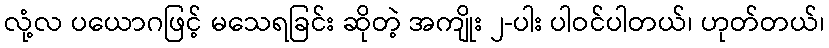
လုံ့လ ပယောဂဖြင့် မသေရခြင်း ဆိုတဲ့ အကျိုး ၂-ပါး ပါဝင်ပါတယ်၊ ဟုတ်တယ်၊